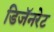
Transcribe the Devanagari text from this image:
डिजॅनरेट